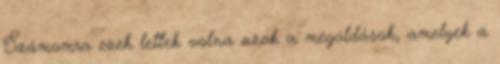
Számomra ezek lettek volna azok a megoldások, amelyek a